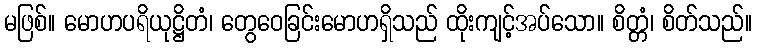
မဖြစ်။ မောဟပရိယုဋ္ဌိတံ၊ တွေဝေခြင်းမောဟရှိသည် ထိုးကျင့်အပ်သော။ စိတ္တံ၊ စိတ်သည်။